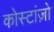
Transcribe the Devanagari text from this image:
कोस्टांज़ो